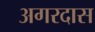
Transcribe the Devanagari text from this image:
अगरदास